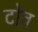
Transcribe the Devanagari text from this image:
दोव